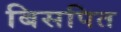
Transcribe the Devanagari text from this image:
बिसपित